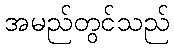
အမည်တွင်သည်